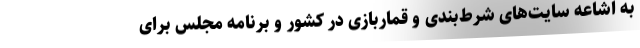
به اشاعه سایت‌های شرط‌بندی و قماربازی در کشور و برنامه مجلس برای